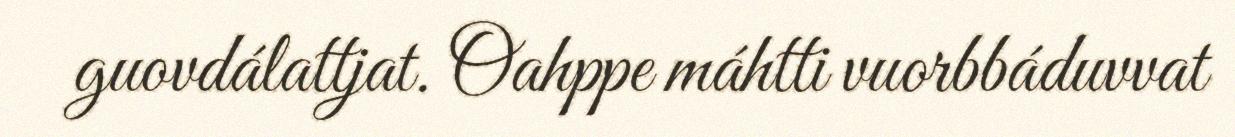
guovdálattjat. Oahppe máhtti vuorbbáduvvat